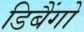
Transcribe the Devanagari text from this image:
डिबैंगो